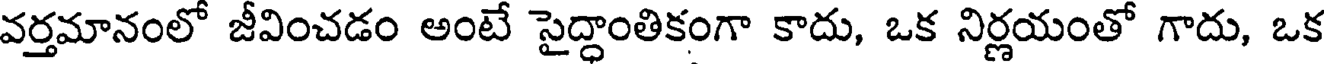
వర్తమానంలో జీవించడం అంటే సైద్ధాంతికంగా కాదు, ఒక నిర్ణయంతో గాదు, ఒక